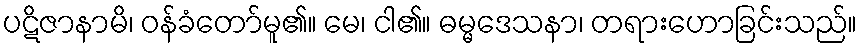
ပဋိဇာနာမိ၊ ဝန်ခံတော်မူ၏။ မေ၊ ငါ၏။ ဓမ္မဒေသနာ၊ တရားဟောခြင်းသည်။